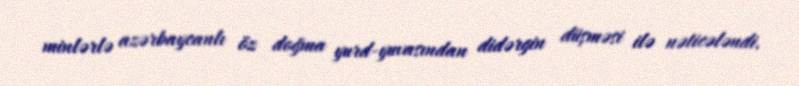
minlərlə azərbaycanlı öz doğma yurd-yuvasından didərgin düşməsi ilə nəticələndi.